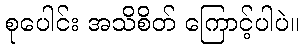
စုပေါင်း အသိစိတ် ကြောင့်ပါပဲ။